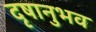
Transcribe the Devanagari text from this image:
दृषानुभव